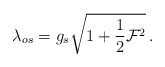
\begin{align*}\lambda_{os} = g_s \sqrt{{1+{1\over2}{\cal F}^2}} \, .\end{align*}